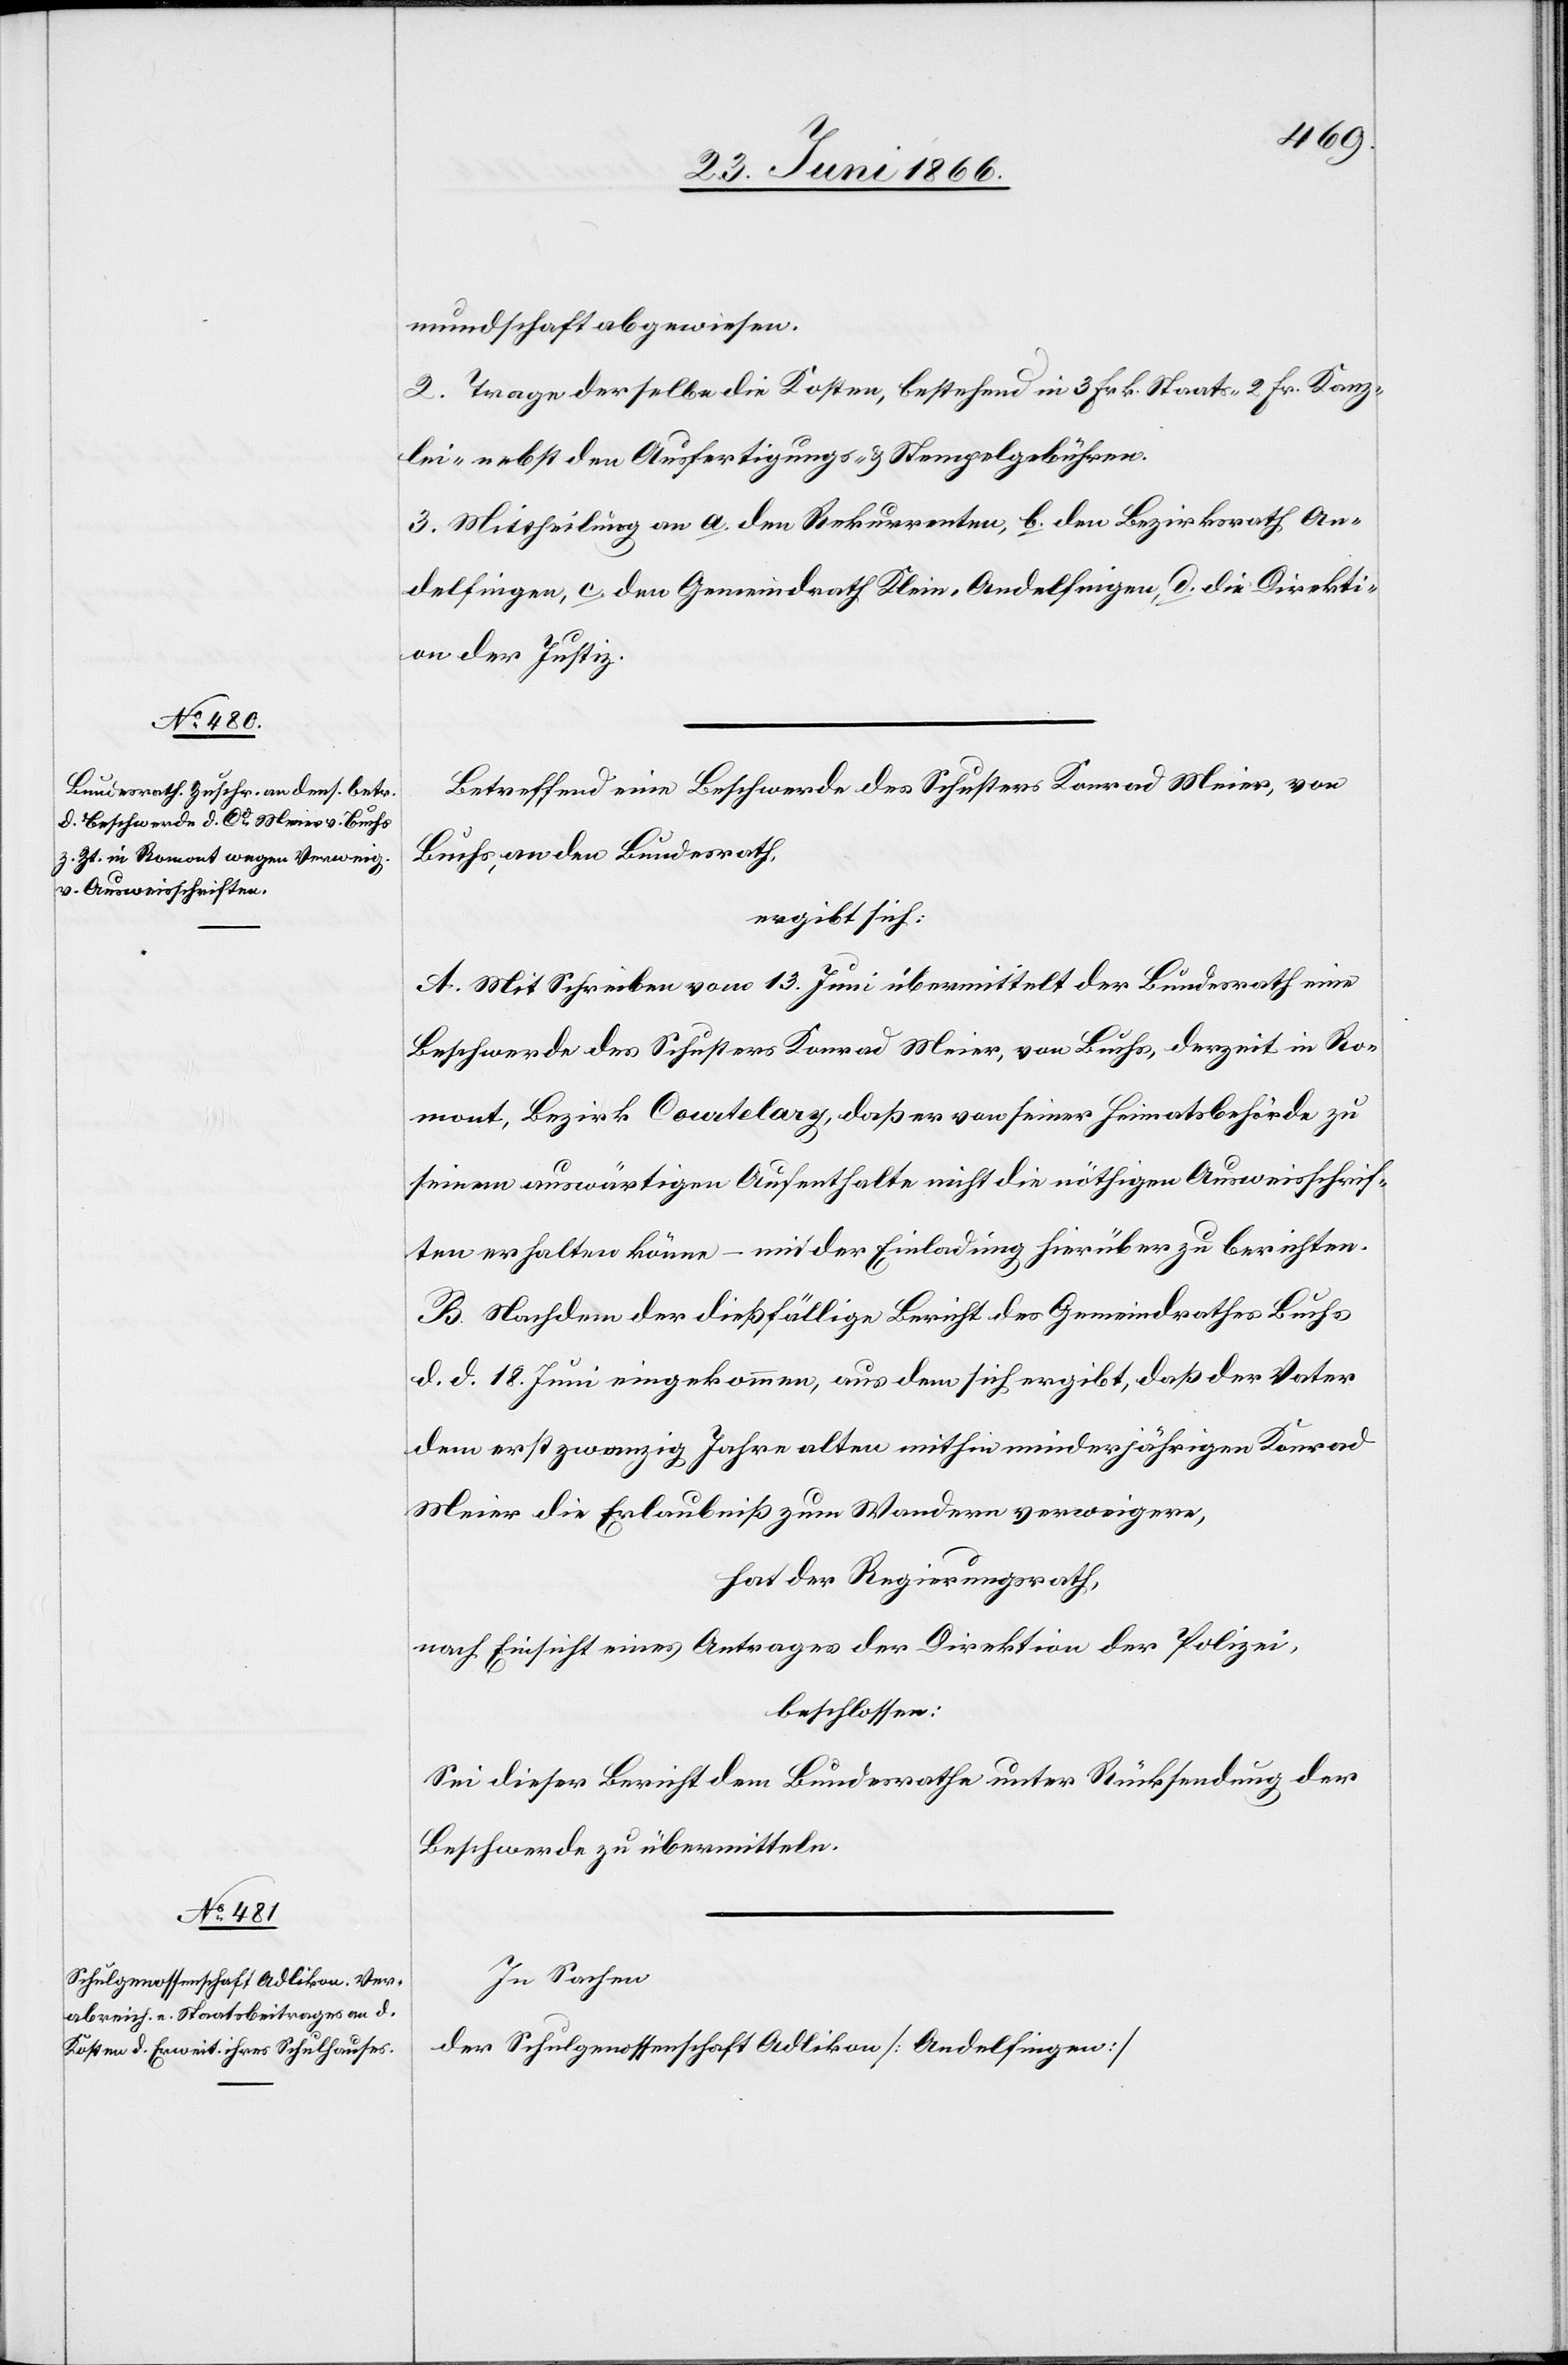
mundschaft abgewiesen.
2. Trage derselbe die Kosten, bestehend in 3 Frk. Staats-[,] 2 Fr. Kanz¬
lei- nebst den Ausfertigungs- u. Stempelgebühren.
3. Mittheilung an a. den Rekurrenten, b. den Bezirksrath An¬
delfingen, c. den Gemeindrath Klein-Andelfingen, d. die Direkti¬
on der Justiz.
Betreffend eine Beschwerde des Schusters Konrad Meier, von
Buchs, an den Bundesrath,
ergibt sich:
A. Mit Schreiben vom 13. Juni übermittelt der Bundesrath eine
Beschwerde des Schusters Konrad Meier, von Buchs, derzeit in Ro¬
mont, Bezirk Cowtelary, daß er von seiner Heimatsbehörde zu
seinem auswärtigen Aufenthalte nicht die nöthigen Ausweisschrif¬
ten erhalten könne – mit der Einladung, hierüber zu berichten.
B. Nachdem der dießfällige Bericht des Gemeindrathes Buchs
d. d. 18. Juni eingekommen, aus dem sich ergibt, daß der Vater
dem erst zwanzig Jahre alten mithin minderjährigen Konrad
Meier die Erlaubniß zum Wandern verweigere,
hat der Regierungsrath,
nach Einsicht eines Antrages der Direktion der Polizei,
beschlossen:
Sei dieser Bericht dem Bundesrathe unter Rücksendung der
Beschwerde zu übermitteln.
In Sachen
der Schulgenossenschaft Adlikon [Andelfingen]